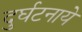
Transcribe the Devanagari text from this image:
दुर्घटनाये